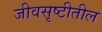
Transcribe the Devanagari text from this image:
जीवसृष्टीतील